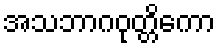
အသဘာဂဝုတ္တိကော